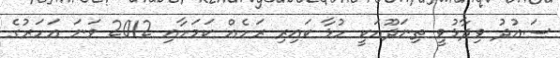
ސައުދު ވިދާޅުވީ ތިނަދޫއަކީ ހުޅާ ކައިރި ރަށެއް ކަމަށާއި 2012 ވަނަ އަހަރުގެ